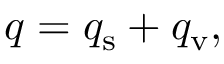
q = q _ { \mathrm { s } } + q _ { \mathrm { v } } ,